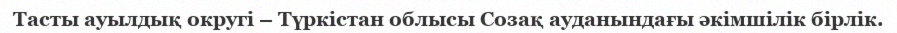
Тасты ауылдық округі – Түркістан облысы Созақ ауданындағы әкімшілік бірлік.